Report of the Indian Hemp Drugs Commission, 1894-1895 - Volume I
Year: 1894
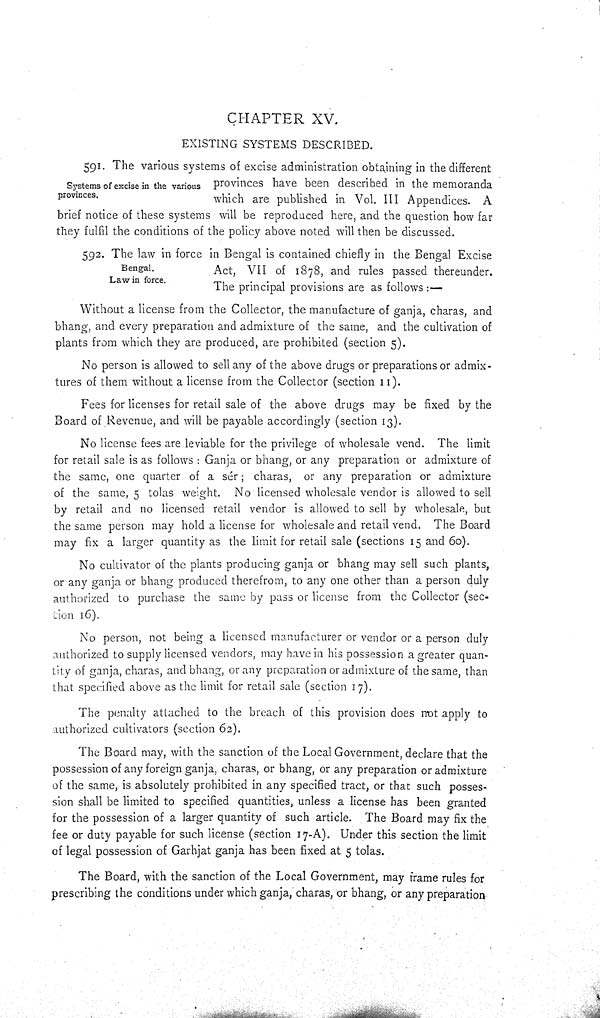
CHAPTER XV.
EXISTING SYSTEMS DESCRIBED.
Systems of excise in the various
provinces.
591. The various systems of excise administration obtaining in the different
provinces have been described in the memoranda
which are published in Vol. III Appendices. A
brief notice of these systems will be reproduced here, and the question how far
they fulfil the conditions of the policy above noted will then be discussed.
Bengal.
Law in force.
592. The law in force in Bengal is contained chiefly in the Bengal Excise
Act, VII of 1878, and rules passed thereunder.
The principal provisions are as follows:—
Without a license from the Collector, the manufacture of ganja, charas, and
bhang, and every preparation and admixture of the same, and the cultivation of
plants from which they are produced, are prohibited (section 5).
No person is allowed to sell any of the above drugs or preparations or admix-
tures of them without a license from the Collector (section 11).
Fees for licenses for retail sale of the above drugs may be fixed by the
Board of Revenue, and will be payable accordingly (section 13).
No license fees are leviable for the privilege of wholesale vend. The limit
for retail sale is as follows: Ganja or bhang, or any preparation or admixture of
the same, one quarter of a sér; charas, or any preparation or admixture
of the same, 5 tolas weight. No licensed wholesale vendor is allowed to sell
by retail and no licensed retail vendor is allowed to sell by wholesale, but
the same person may hold a license for wholesale and retail vend. The Board
may fix a larger quantity as the limit for retail sale (sections 15 and 60).
No cultivator of the plants producing ganja or bhang may sell such plants,
or any ganja or bhang produced therefrom, to any one other than a person duly
authorized to purchase the same by pass or license from the Collector (sec-
tion 16).
No person, not being a licensed manufacturer or vendor or a person duly
authorized to supply licensed vendors, may have in his possession a greater quan-
tity of ganja, charas, and bhang, or any preparation or admixture of the same, than
that specified above as the limit for retail sale (section 17).
The penalty attached to the breach of this provision does not apply to
authorized cultivators (section 62).
The Board may, with the sanction of the Local Government, declare that the
possession of any foreign ganja, charas, or bhang, or any preparation or admixture
of the same, is absolutely prohibited in any specified tract, or that such posses-
sion shall be limited to specified quantities, unless a license has been granted
for the possession of a larger quantity of such article. The Board may fix the
fee or duty payable for such license (section 17-A). Under this section the limit
of legal possession of Garhjat ganja has been fixed at 5 tolas.
The Board, with the sanction of the Local Government, may frame rules for
prescribing the conditions under which ganja, charas, or bhang, or any preparation